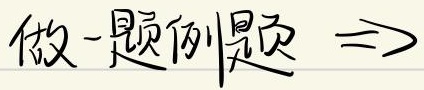
做一题例题 $\Rightarrow$